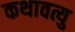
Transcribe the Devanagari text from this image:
कथावत्यु